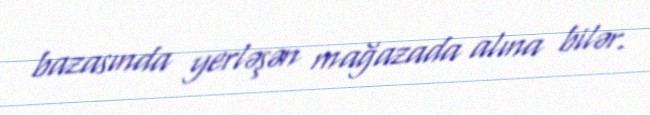
bazasında yerləşən mağazada alına bilər.